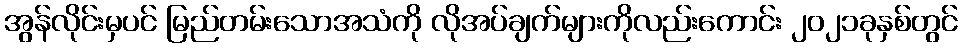
အွန်လိုင်းမှပင် မြည်တမ်းသောအသံကို လိုအပ်ချက်များကိုလည်းကောင်း ၂၀၂၁ခုနှစ်တွင်